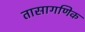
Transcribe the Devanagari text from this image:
तासागणिक